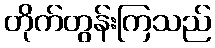
တိုက်တွန်းကြသည်